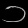
Digit: ၁